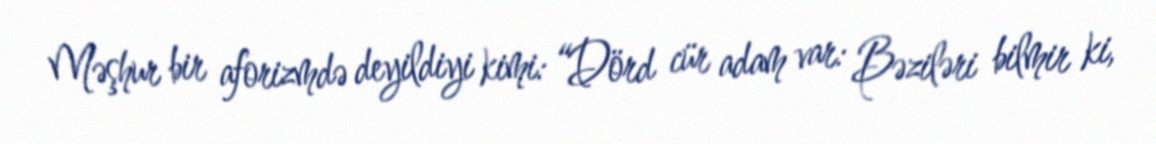
Məşhur bir aforizmdə deyildiyi kimi: “Dörd cür adam var: Bəziləri bilmir ki,